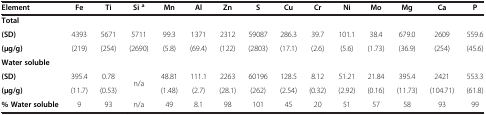
<table><thead><tr><td><b>Element</b></td><td><b>Fe</b></td><td><b>Ti</b></td><td><b>Si <sup>a</sup></b></td><td><b>Mn</b></td><td><b>Al</b></td><td><b>Zn</b></td><td><b>S</b></td><td><b>Cu</b></td><td><b>Cr</b></td><td><b>Ni</b></td><td><b>Mo</b></td><td><b>Mg</b></td><td><b>Ca</b></td><td><b>P</b></td></tr></thead><tbody><tr><td><b>Total</b></td><td> </td><td> </td><td> </td><td> </td><td> </td><td> </td><td> </td><td> </td><td> </td><td> </td><td> </td><td> </td><td> </td><td> </td></tr><tr><td><b>(SD)</b></td><td>4393</td><td>5671</td><td>5711</td><td>99.3</td><td>1371</td><td>2312</td><td>59087</td><td>286.3</td><td>39.7</td><td>101.1</td><td>38.4</td><td>679.0</td><td>2609</td><td>559.6</td></tr><tr><td><b>(μg/g)</b></td><td>(219)</td><td>(254)</td><td>(2690)</td><td>(5.8)</td><td>(69.4)</td><td>(122)</td><td>(2803)</td><td>(17.1)</td><td>(2.6)</td><td>(5.6)</td><td>(1.73)</td><td>(36.9)</td><td>(254)</td><td>(45.6)</td></tr><tr><td><b>Water soluble</b></td><td> </td><td> </td><td> </td><td> </td><td> </td><td> </td><td> </td><td> </td><td> </td><td> </td><td> </td><td> </td><td> </td><td> </td></tr><tr><td><b>(SD)</b></td><td>395.4</td><td>0.78</td><td rowspan="2">n/a</td><td>48.81</td><td>111.1</td><td>2263</td><td>60196</td><td>128.5</td><td>8.12</td><td>51.21</td><td>21.84</td><td>395.4</td><td>2421</td><td>553.3</td></tr><tr><td><b>(μg/g)</b></td><td>(11.7)</td><td>(0.53)</td><td>(1.48)</td><td>(2.7)</td><td>(28.1)</td><td>(262)</td><td>(2.54)</td><td>(0.32)</td><td>(2.92)</td><td>(0.16)</td><td>(11.73)</td><td>(104.71)</td><td>(61.8)</td></tr><tr><td><b>% Water soluble</b></td><td>9</td><td>93</td><td>n/a</td><td>49</td><td>8.1</td><td>98</td><td>101</td><td>45</td><td>20</td><td>51</td><td>57</td><td>58</td><td>93</td><td>99</td></tr></tbody></table>